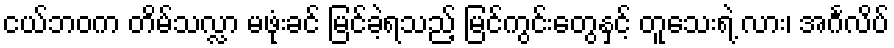
ငယ်ဘဝက တိမ်သလ္လာ မဖုံးခင် မြင်ခဲ့ရသည့် မြင်ကွင်းတွေနှင့် တူသေးရဲ့ လား၊ အင်္ဂလိပ်